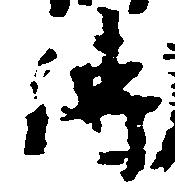
伝